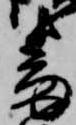
番